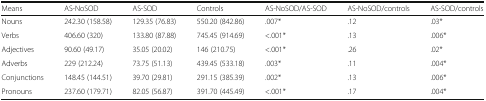
| Means | AS-NoSOD | AS-SOD | Controls | AS-NoSOD/AS-SOD | AS-NoSOD/controls | AS-SOD/controls |
 | --- | --- | --- | --- | --- | --- | --- |
 | Nouns | 242.30 (158.58) | 129.35 (76.83) | 550.20 (842.86) | .007* | .12 | .03* |
 | Verbs | 406.60 (320) | 133.80 (87.88) | 745.45 (914.69) | <.001* | .13 | .006* |
 | Adjectives | 90.60 (49.17) | 35.05 (20.02) | 146 (210.75) | <.001* | .26 | .02* |
 | Adverbs | 229 (212.24) | 73.75 (51.13) | 439.45 (533.18) | .003* | .11 | .004* |
 | Conjunctions | 148.45 (144.51) | 39.70 (29.81) | 291.15 (385.39) | .002* | .13 | .006* |
 | Pronouns | 237.60 (179.71) | 82.05 (56.87) | 391.70 (445.49) | <.001* | .17 | .004* |